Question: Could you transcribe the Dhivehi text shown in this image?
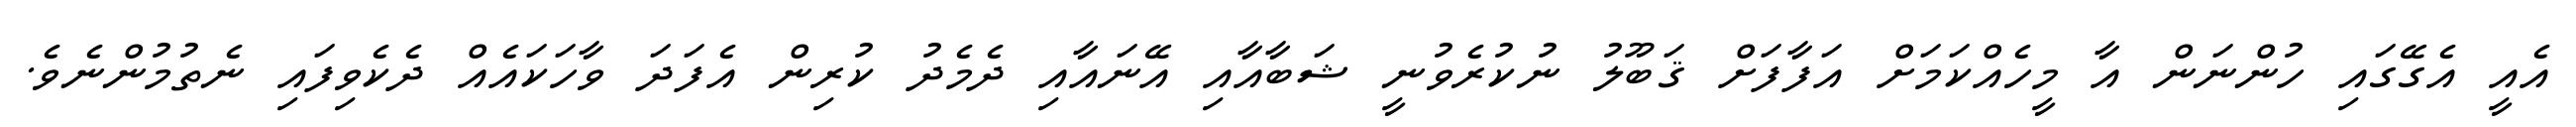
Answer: އެއީ އެގޭގައި ހުންނަން އާ މީހެއްކަމަށް އަފާފަށް ޤަބޫލު ނުކުރެވުނީ ޝަބާއާއި އޭނައާއި ދެމެދު ކުރިން އެފަދަ ވާހަކައެއް ދެކެވިފައި ނެތުމުންނެވެ.